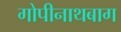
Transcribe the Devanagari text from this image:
गोपीनाथबाग